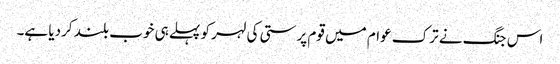
اس جنگ نے ترک عوام میں قوم پرستی کی لہر کو پہلے ہی خوب بلند کردیا ہے۔